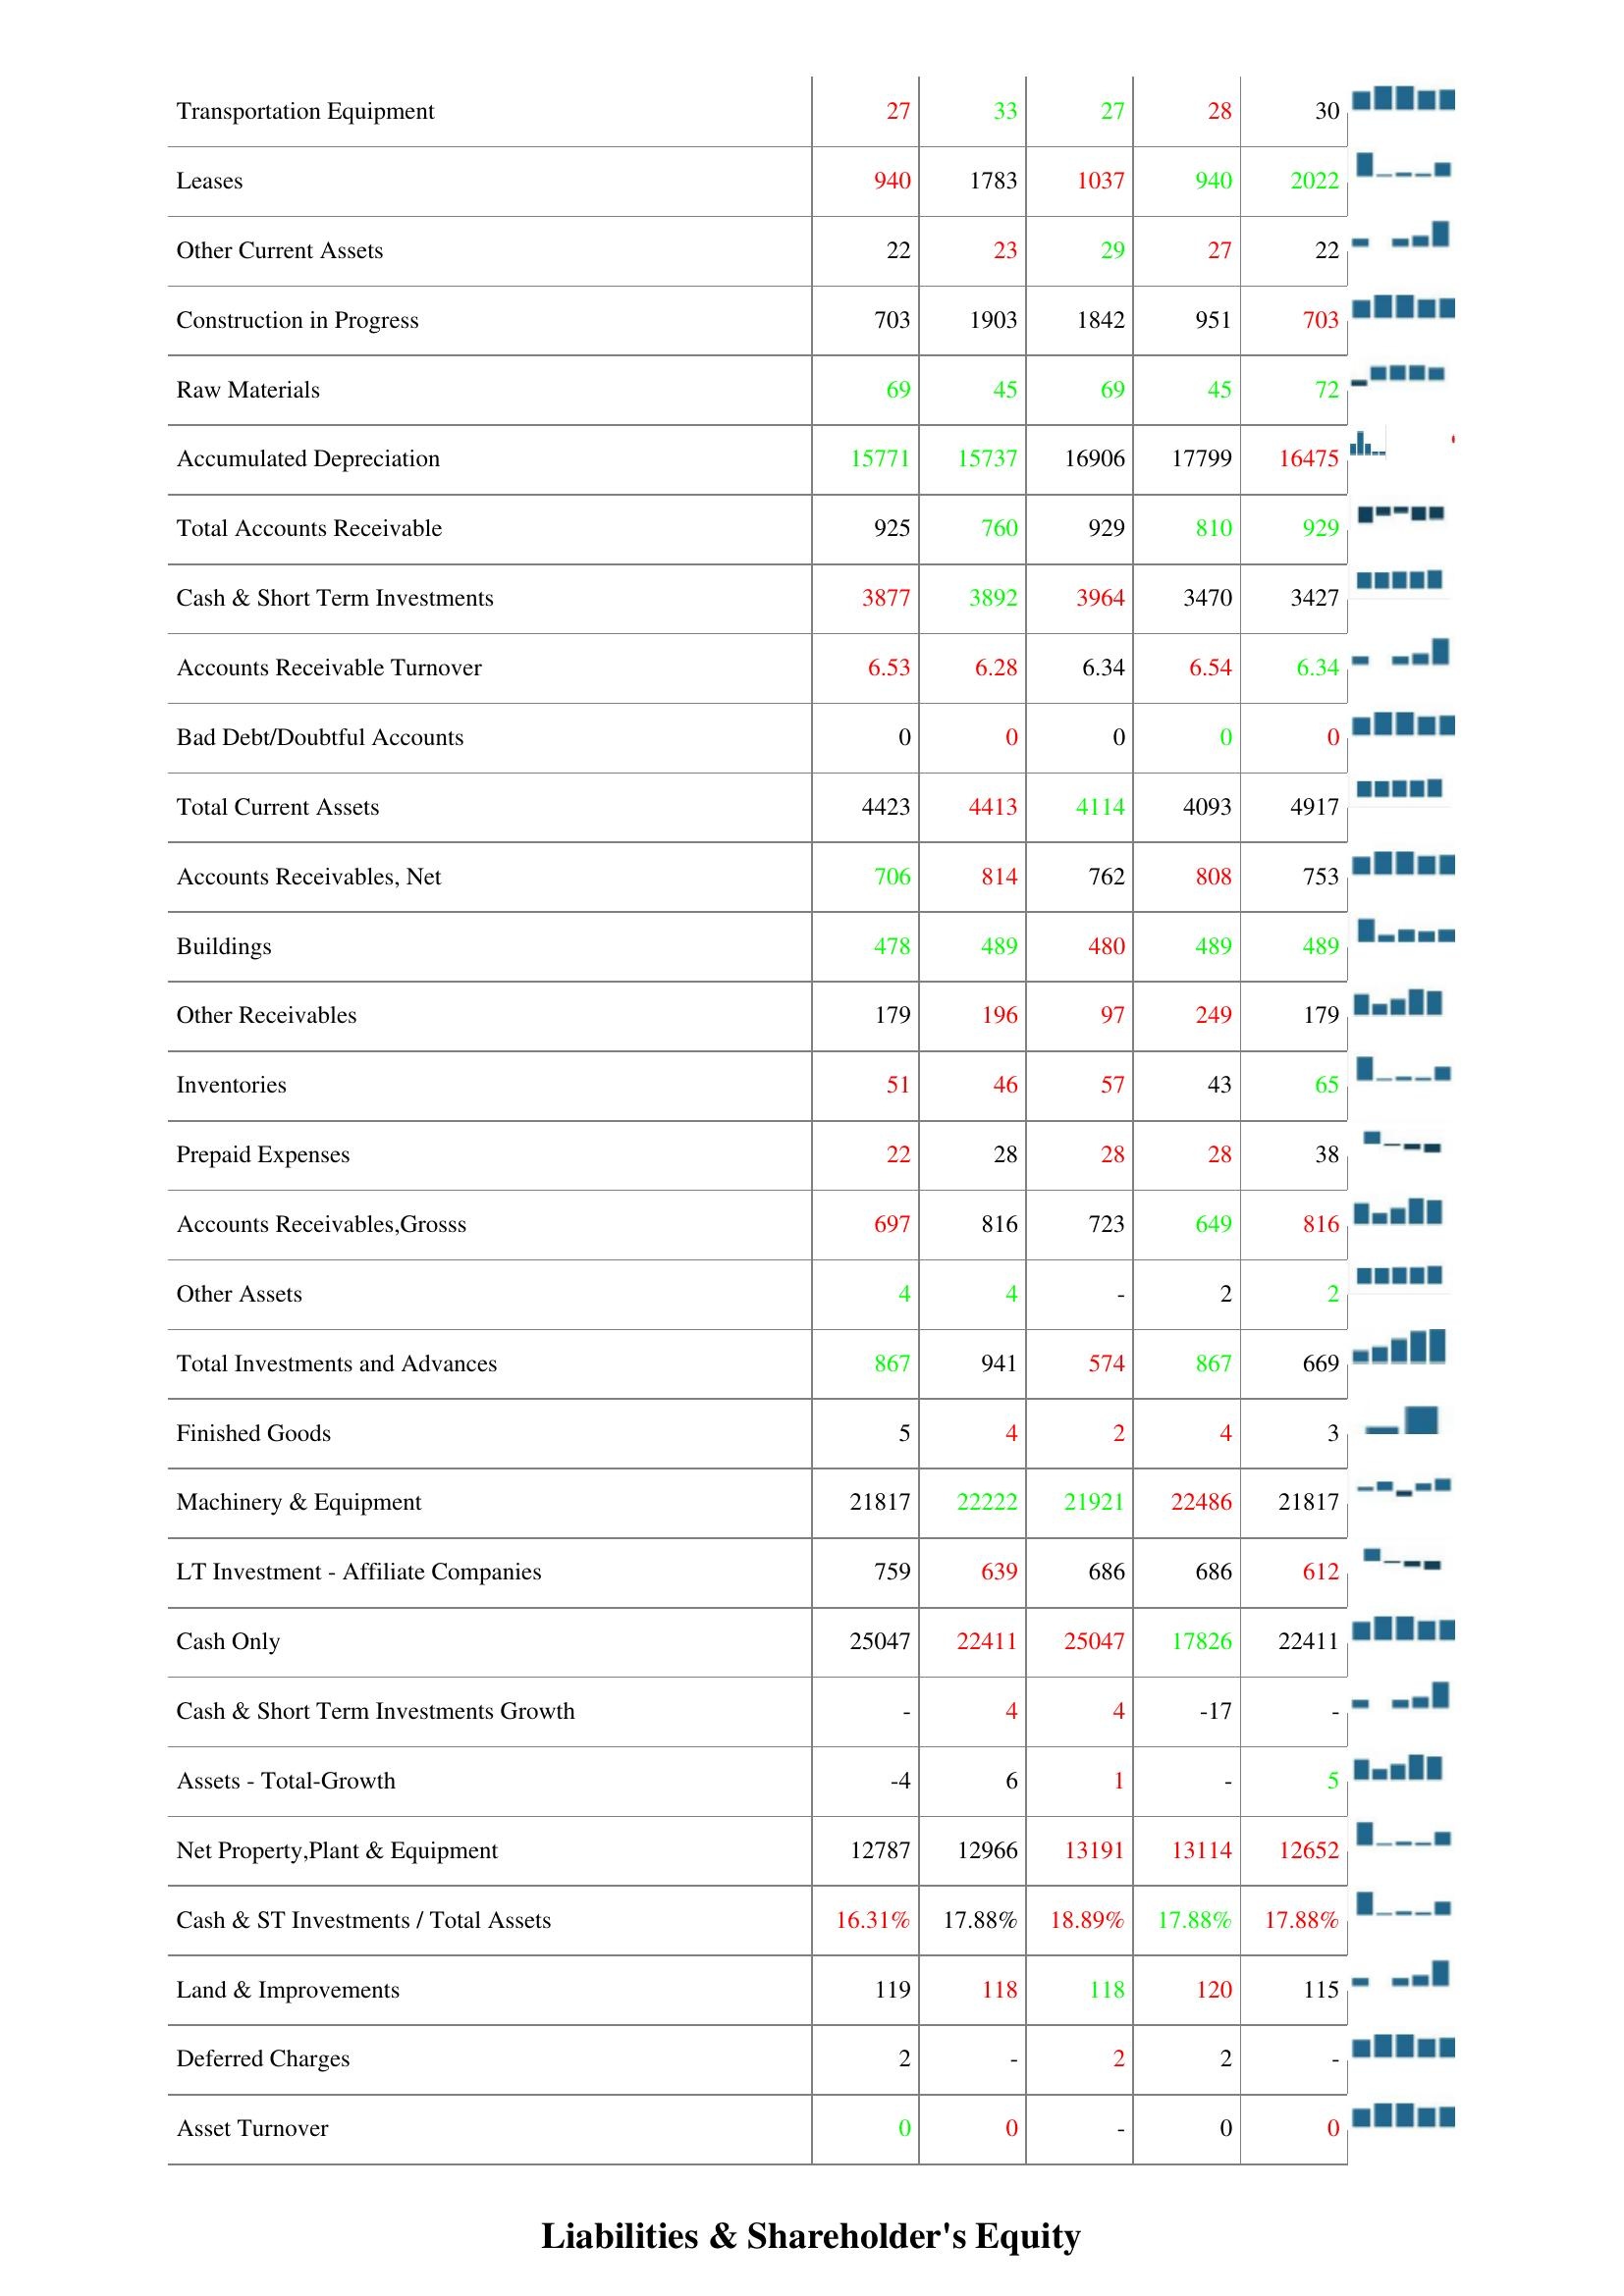
2003: Assets: Property, Plant & Equipment -Gross: 27385
Other Properyt, Plant & Equipment: 2896
Return On Average Assets: 0
Accounts Receivables Growth: -
Total Assets: 18825
Long- Term Note Receivable: 202
Computer Software and Equipment: 196
Transportation Equipment: 27
Leases: 940
Other Current Assets: 22
Construction in Progress: 703
Raw Materials: 69
Accumulated Depreciation: 15771
Total Accounts Receivable: 925
Cash & Short Term Investments: 3877
Accounts Receivable Turnover: 6.53
Bad Debt/Doubtful Accounts: 0
Total Current Assets: 4423
Accounts Receivables, Net: 706
Buildings: 478
Other Receivables: 179
Inventories: 51
Prepaid Expenses: 22
Accounts Receivables,Grosss: 697
Other Assets: 4
Total Investments and Advances: 867
Finished Goods: 5
Machinery & Equipment: 21817
LT Investment - Affiliate Companies: 759
Cash Only: 25047
Cash & Short Term Investments Growth: -
Assets - Total-Growth: -4
Net Property,Plant & Equipment: 12787
Cash & ST Investments / Total Assets: 16.31%
Land & Improvements: 119
Deferred Charges: 2
Asset Turnover: 0
2002: Assets: Property, Plant & Equipment -Gross: 27318
Other Properyt, Plant & Equipment: 2896
Return On Average Assets: -
Accounts Receivables Growth: -
Total Assets: 19905
Long- Term Note Receivable: 191
Computer Software and Equipment: 168
Transportation Equipment: 33
Leases: 1783
Other Current Assets: 23
Construction in Progress: 1903
Raw Materials: 45
Accumulated Depreciation: 15737
Total Accounts Receivable: 760
Cash & Short Term Investments: 3892
Accounts Receivable Turnover: 6.28
Bad Debt/Doubtful Accounts: 0
Total Current Assets: 4413
Accounts Receivables, Net: 814
Buildings: 489
Other Receivables: 196
Inventories: 46
Prepaid Expenses: 28
Accounts Receivables,Grosss: 816
Other Assets: 4
Total Investments and Advances: 941
Finished Goods: 4
Machinery & Equipment: 22222
LT Investment - Affiliate Companies: 639
Cash Only: 22411
Cash & Short Term Investments Growth: 4
Assets - Total-Growth: 6
Net Property,Plant & Equipment: 12966
Cash & ST Investments / Total Assets: 17.88%
Land & Improvements: 118
Deferred Charges: -
Asset Turnover: 0
2001: Assets: Property, Plant & Equipment -Gross: 31048
Other Properyt, Plant & Equipment: 2539
Return On Average Assets: -
Accounts Receivables Growth: -19
Total Assets: 18914
Long- Term Note Receivable: 202
Computer Software and Equipment: 237
Transportation Equipment: 27
Leases: 1037
Other Current Assets: 29
Construction in Progress: 1842
Raw Materials: 69
Accumulated Depreciation: 16906
Total Accounts Receivable: 929
Cash & Short Term Investments: 3964
Accounts Receivable Turnover: 6.34
Bad Debt/Doubtful Accounts: 0
Total Current Assets: 4114
Accounts Receivables, Net: 762
Buildings: 480
Other Receivables: 97
Inventories: 57
Prepaid Expenses: 28
Accounts Receivables,Grosss: 723
Other Assets: -
Total Investments and Advances: 574
Finished Goods: 2
Machinery & Equipment: 21921
LT Investment - Affiliate Companies: 686
Cash Only: 25047
Cash & Short Term Investments Growth: 4
Assets - Total-Growth: 1
Net Property,Plant & Equipment: 13191
Cash & ST Investments / Total Assets: 18.89%
Land & Improvements: 118
Deferred Charges: 2
Asset Turnover: -
2000: Assets: Property, Plant & Equipment -Gross: 29121
Other Properyt, Plant & Equipment: 2896
Return On Average Assets: -
Accounts Receivables Growth: -
Total Assets: 19808
Long- Term Note Receivable: 191
Computer Software and Equipment: 168
Transportation Equipment: 28
Leases: 940
Other Current Assets: 27
Construction in Progress: 951
Raw Materials: 45
Accumulated Depreciation: 17799
Total Accounts Receivable: 810
Cash & Short Term Investments: 3470
Accounts Receivable Turnover: 6.54
Bad Debt/Doubtful Accounts: 0
Total Current Assets: 4093
Accounts Receivables, Net: 808
Buildings: 489
Other Receivables: 249
Inventories: 43
Prepaid Expenses: 28
Accounts Receivables,Grosss: 649
Other Assets: 2
Total Investments and Advances: 867
Finished Goods: 4
Machinery & Equipment: 22486
LT Investment - Affiliate Companies: 686
Cash Only: 17826
Cash & Short Term Investments Growth: -17
Assets - Total-Growth: -
Net Property,Plant & Equipment: 13114
Cash & ST Investments / Total Assets: 17.88%
Land & Improvements: 120
Deferred Charges: 2
Asset Turnover: 0
1999: Assets: Property, Plant & Equipment -Gross: 30431
Other Properyt, Plant & Equipment: 2896
Return On Average Assets: -
Accounts Receivables Growth: -
Total Assets: 19808
Long- Term Note Receivable: 159
Computer Software and Equipment: 168
Transportation Equipment: 30
Leases: 2022
Other Current Assets: 22
Construction in Progress: 703
Raw Materials: 72
Accumulated Depreciation: 16475
Total Accounts Receivable: 929
Cash & Short Term Investments: 3427
Accounts Receivable Turnover: 6.34
Bad Debt/Doubtful Accounts: 0
Total Current Assets: 4917
Accounts Receivables, Net: 753
Buildings: 489
Other Receivables: 179
Inventories: 65
Prepaid Expenses: 38
Accounts Receivables,Grosss: 816
Other Assets: 2
Total Investments and Advances: 669
Finished Goods: 3
Machinery & Equipment: 21817
LT Investment - Affiliate Companies: 612
Cash Only: 22411
Cash & Short Term Investments Growth: -
Assets - Total-Growth: 5
Net Property,Plant & Equipment: 12652
Cash & ST Investments / Total Assets: 17.88%
Land & Improvements: 115
Deferred Charges: -
Asset Turnover: 0